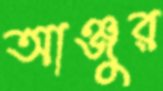
আঞ্জুর